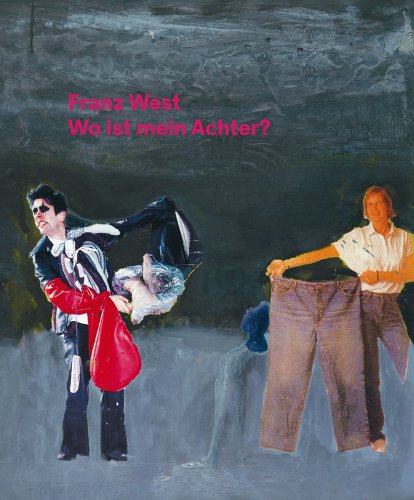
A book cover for Franz West: Where Is My Eight?; Eva Badura; Arts & Photography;